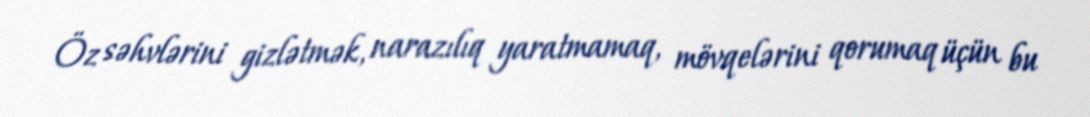
Öz səhvlərini gizlətmək, narazılıq yaratmamaq, mövqelərini qorumaq üçün bu